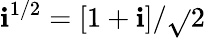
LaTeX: \mathbf{i}^{1/2}=[1+\mathbf{i}]/\sqrt{}{{2}}